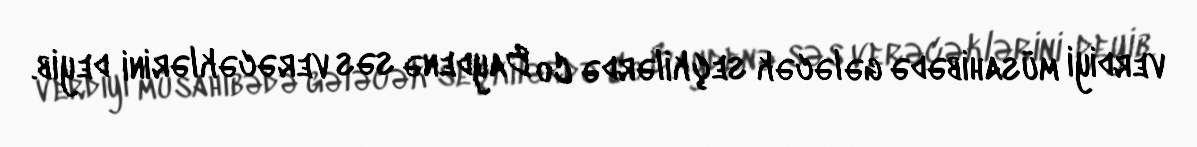
verdiyi müsahibədə gələcək seçkilərdə Co Baydenə səs verəcəklərini deyib.